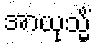
အာယုသ္မိံ